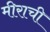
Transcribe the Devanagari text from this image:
मीराची